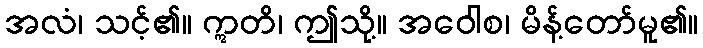
အလံ၊ သင့်၏။ ဣတိ၊ ဤသို့။ အဝေါစ၊ မိန့်တော်မူ၏။